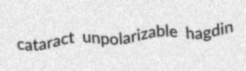
cataract unpolarizable hagdin